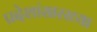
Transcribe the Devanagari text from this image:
प्रदेशांसारख्या